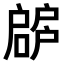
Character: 𢩝